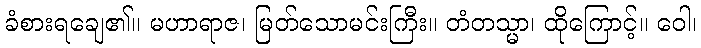
ခံစားရချေ၏။ မဟာရာဇ၊ မြတ်သောမင်းကြီး။ တံတသ္မာ၊ ထိုကြောင့်။ ဝေါ၊